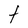
Character: t